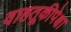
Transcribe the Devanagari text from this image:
वाहतूकीपेक्षा